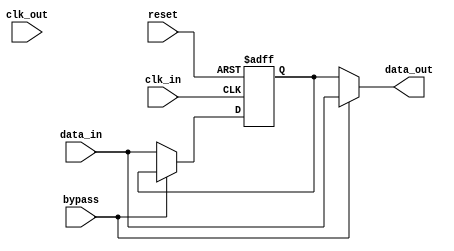
module cascade_bypass_register (
    input wire clk_in,
    input wire clk_out,
    input wire reset,
    input wire bypass,
    input wire [7:0] data_in,
    output wire [7:0] data_out
);

reg [7:0] register;

always @(posedge clk_in or posedge reset) begin
    if (reset) begin
        register <= 8'b0;
    end else if (!bypass) begin
        register <= data_in;
    end
end

assign data_out = (bypass) ? data_in : register;

endmodule